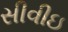
સીવીઇ